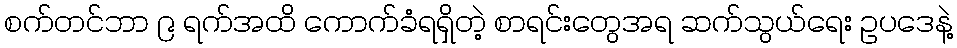
စက်တင်ဘာ ၉ ရက်အထိ ကောက်ခံရရှိတဲ့ စာရင်းတွေအရ ဆက်သွယ်ရေး ဥပဒေနဲ့